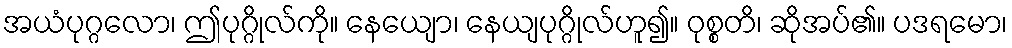
အယံပုဂ္ဂလော၊ ဤပုဂ္ဂိုလ်ကို။ နေယျော၊ နေယျပုဂ္ဂိုလ်ဟူ၍။ ဝုစ္စတိ၊ ဆိုအပ်၏။ ပဒရမော၊